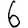
Digit: 6